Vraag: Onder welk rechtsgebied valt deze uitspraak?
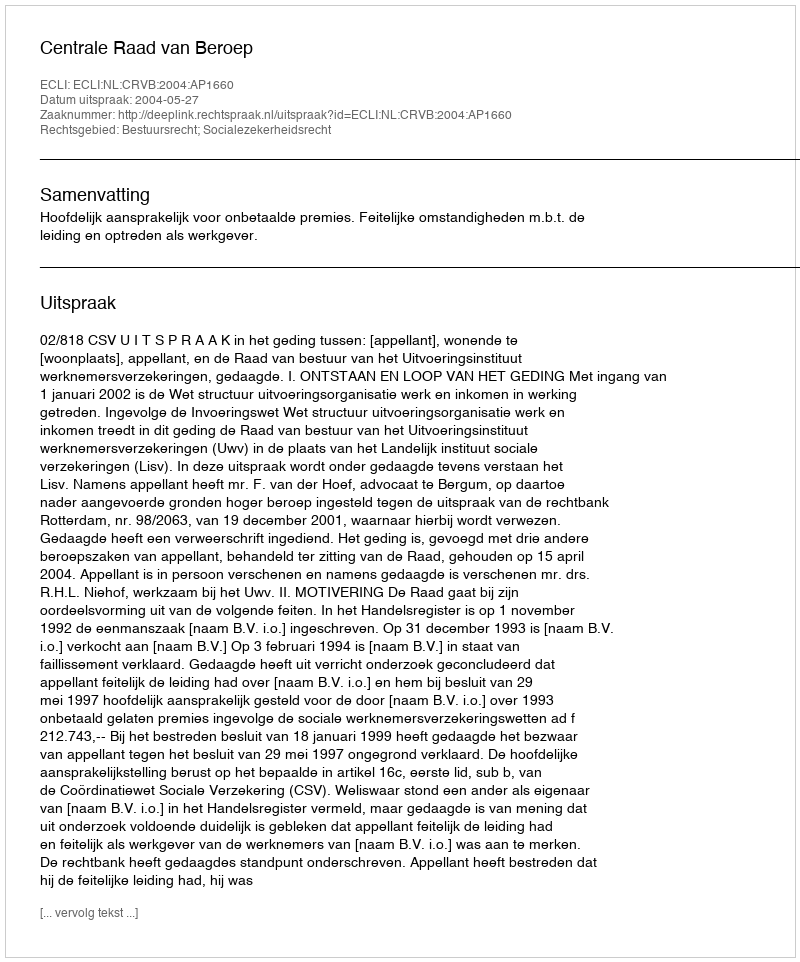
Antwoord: Bestuursrecht; Socialezekerheidsrecht